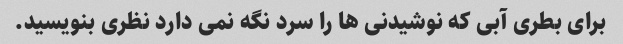
برای بطری آبی که نوشیدنی ها را سرد نگه نمی دارد نظری بنویسید.